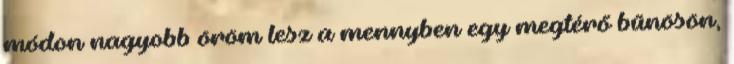
módon nagyobb öröm lesz a mennyben egy megtérő bűnösön,